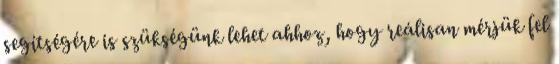
segítségére is szükségünk lehet ahhoz, hogy reálisan mérjük fel